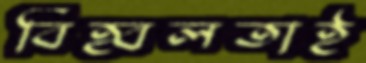
বিহ্বলতাই